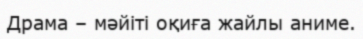
Драма – мәйіті оқиға жайлы аниме.